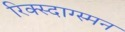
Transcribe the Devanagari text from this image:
रिक्स्दाग्स्मन